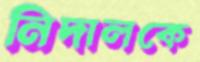
নিদালকে